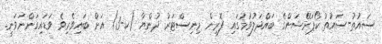
ސައުތު-ސައުތު ކޯޕަރޭޝަންގެ ބައްދަލުވުމުގައި ފޮރިން މިނިސްޓަރު ދުންޔާ (ކ-3) އަށް ބައިވެރިވެ ވަޑައިގަންނަވަނީ.